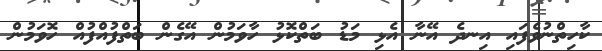
ކާހިތްނުވެފައި އިނދެ އޭނާ އެޅި މަޑު ބަތްކޮޅު ހާވަމުން އޭގެން ބަތްފުއްފުއް ހޮވަމުން